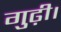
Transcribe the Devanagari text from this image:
गुढ़ी।